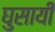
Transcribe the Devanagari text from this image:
घुसायी